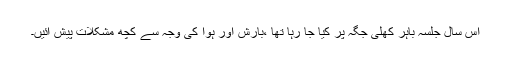
اس سال جلسہ باہر کھلی جگہ پر کیا جا رہا تھا ،بارش اور ہوا کی وجہ سے کچھ مشکلات پیش آئیں۔